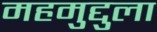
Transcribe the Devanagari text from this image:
महमुद्दुला